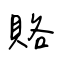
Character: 賂